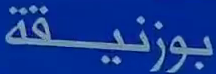
بوزنيقة